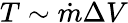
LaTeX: T\sim\dot{m}\Delta V